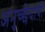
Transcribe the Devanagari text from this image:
अनुच्छेदाची